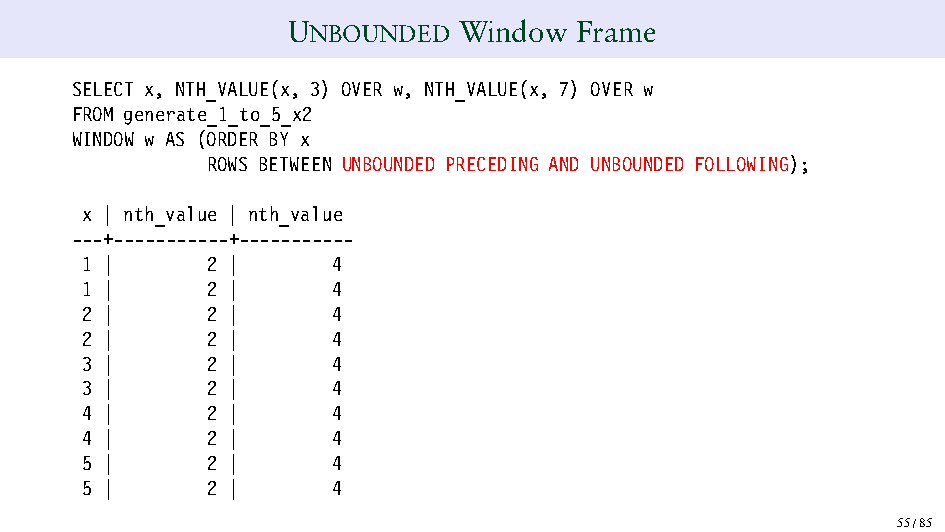
UNBOUNDED  Window  Frame
 SELECT x, NTH_VALUE(x, 3) OVER w, NTH_VALUE(x, 7) OVER w
 FROM generate_1_to_5_x2
 WINDOW w AS (ORDER BY x
 ROWS BETWEEN UNBOUNDED PRECEDING AND UNBOUNDED FOLLOWING);
 x | nth_value | nth_value
 ---+-----------+-----------
 1 |      2 |     4
 1 |      2 |     4
 2 |      2 |     4
 2 |      2 |     4
 3 |      2 |     4
 3 |      2 |     4
 4 |      2 |     4
 4 |      2 |     4
 5 |      2 |     4
 5 |      2 |     4
 55/85